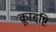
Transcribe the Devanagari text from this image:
क्रूरद्दष्टि